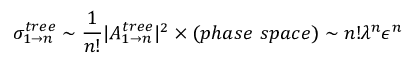
\sigma _ { 1 \to n } ^ { t r e e } \sim \frac { 1 } { n ! } | A _ { 1 \to n } ^ { t r e e } | ^ { 2 } \times ( p h a s e ~ s p a c e ) \sim n ! \lambda ^ { n } \epsilon ^ { n }